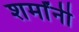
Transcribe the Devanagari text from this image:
शर्मांनी